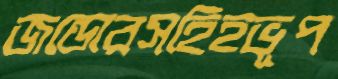
জন্ডোরসহিহভূপ